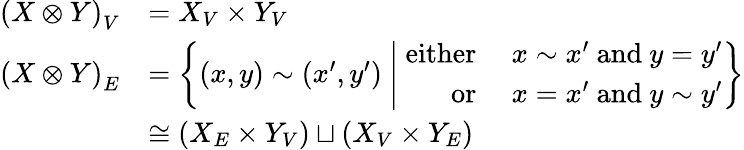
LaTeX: \begin{array}{rl}{{(X\otimes Y)}_{V}}&{={X}_{V}\times{Y}_{V}}\\ {{(X\otimes Y)}_{E}}&{=\left\{ \left(x,y\right)\sim\left(x^{\prime},y^{\prime}\right)\ \middle\vert\ \begin{array}{rl}{\mathrm{either~}}&{x\sim x^{\prime}\mathrm{~and~}y=y^{\prime}}\\ {\mathrm{or~}}&{x=x^{\prime}\mathrm{~and~}y\sim y^{\prime}}\end{array}\right\} }\\ &{\cong\left({X}_{E}\times{Y}_{V}\right)\sqcup\left({X}_{V}\times{Y}_{E}\right)}\end{array}